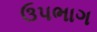
ઉપભાગ